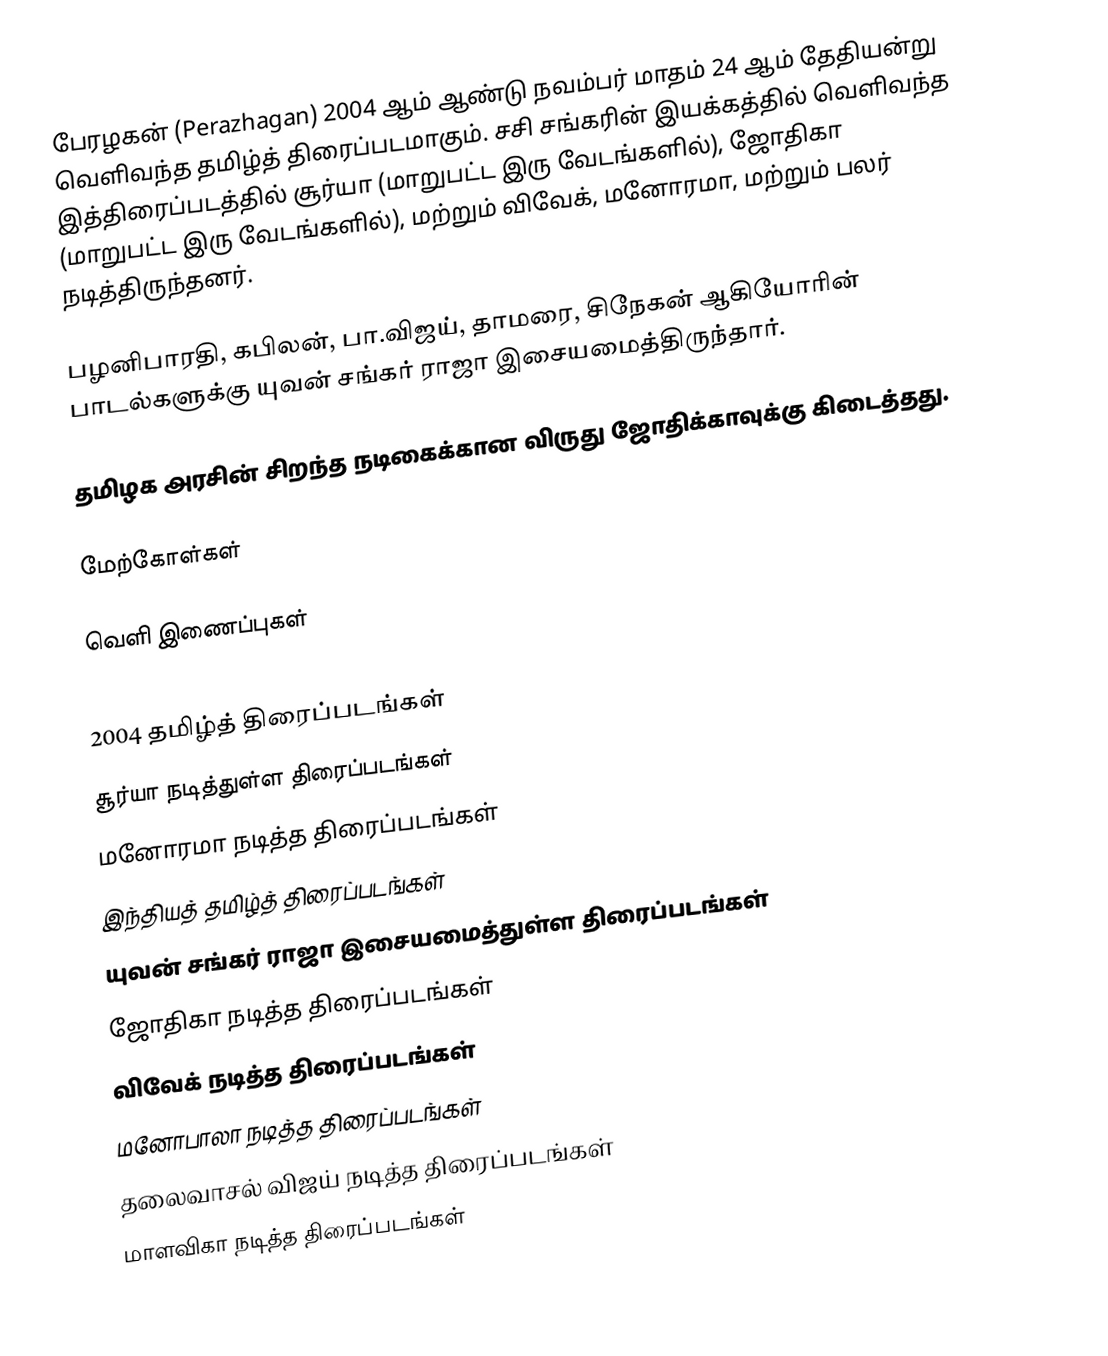
பேரழகன் (Perazhagan) 2004 ஆம் ஆண்டு நவம்பர் மாதம் 24 ஆம் தேதியன்று வெளிவந்த தமிழ்த் திரைப்படமாகும். சசி சங்கரின் இயக்கத்தில் வெளிவந்த இத்திரைப்படத்தில் சூர்யா (மாறுபட்ட இரு வேடங்களில்), ஜோதிகா (மாறுபட்ட இரு வேடங்களில்), மற்றும் விவேக், மனோரமா, மற்றும் பலர் நடித்திருந்தனர்.

பழனிபாரதி, கபிலன், பா.விஜய், தாமரை, சிநேகன் ஆகியோரின் பாடல்களுக்கு யுவன் சங்கர் ராஜா இசையமைத்திருந்தார்.

தமிழக அரசின் சிறந்த நடிகைக்கான விருது ஜோதிக்காவுக்கு கிடைத்தது.

மேற்கோள்கள்

வெளி இணைப்புகள்

2004 தமிழ்த் திரைப்படங்கள்
சூர்யா நடித்துள்ள திரைப்படங்கள்
மனோரமா நடித்த திரைப்படங்கள்
இந்தியத் தமிழ்த் திரைப்படங்கள்
யுவன் சங்கர் ராஜா இசையமைத்துள்ள திரைப்படங்கள்
ஜோதிகா நடித்த திரைப்படங்கள்
விவேக் நடித்த திரைப்படங்கள்
மனோபாலா நடித்த திரைப்படங்கள்
தலைவாசல் விஜய் நடித்த திரைப்படங்கள்
மாளவிகா நடித்த திரைப்படங்கள்